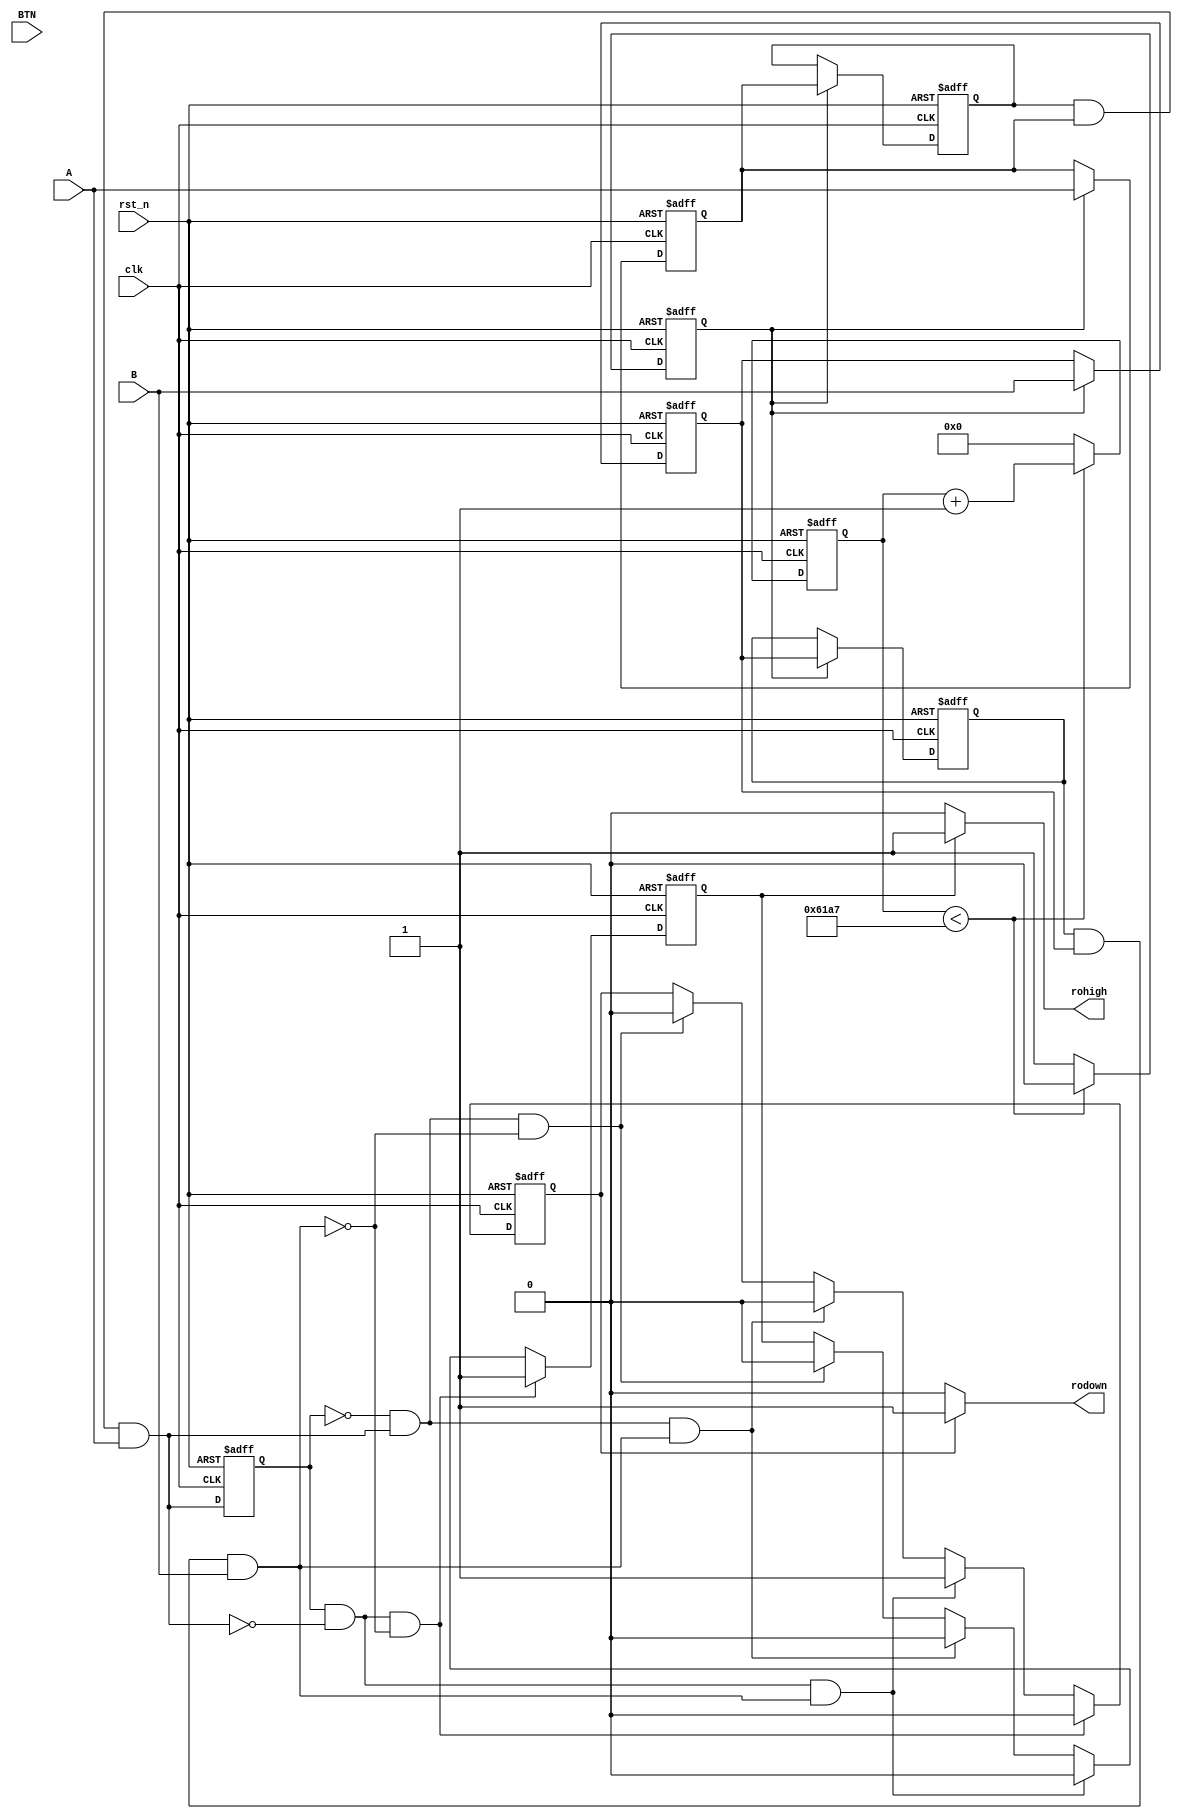
`timescale 1ns / 1ps
module rotation_sensor(
    input clk,
    input rst_n,
    input A,
    input B,
    input BTN,
    output rohigh,
    output rodown
    );
    reg clk_10ms;
    reg [31:0]count;
    reg A_reg,A_reg0;
    reg B_reg,B_reg0;
    reg BTN_reg,BTN_reg0;
    wire A_Debounce;
    wire B_Debounce;
    wire BTN_Debounce;
    reg A_Debounce_reg;
    reg B_Debounce_reg;
    wire A_pos,A_neg;
    wire B_pos,B_neg;
    reg rotary_right;
    reg rotary_left;
    reg rotary_right_reg,rotary_left_reg;
    wire rotary_right_pos,rotary_left_pos;
    wire rotary_event;
    reg [2:0]shift_d;
    always@(posedge clk,negedge rst_n)begin
        if(!rst_n)begin
            count <= 0;
            clk_10ms <= 1'b0;
        end
        else begin
        if(count < 32'd24_999)begin//10ms25MCLK
            count <= count + 1'b1;
            clk_10ms <= 1'b0;
        end
        else begin
            count <= 0;
            clk_10ms <= 1'b1;
            end
        end
    end

    always@(posedge clk,negedge rst_n)begin
        if(!rst_n)begin
            A_reg <= 1'b1;
            A_reg0 <= 1'b1;
            B_reg <= 1'b1;
            B_reg0 <= 1'b1;
            BTN_reg <= 1'b0;
            BTN_reg0 <= 1'b0;
        end
        else begin
        if(clk_10ms)begin
            A_reg <= A;
            A_reg0 <= A_reg;
            B_reg <= B;
            B_reg0 <= B_reg;
            BTN_reg <= BTN;
            BTN_reg0 <= BTN_reg;
            end
        end
    end
    assign A_Debounce = A_reg0 && A_reg && A;
    assign B_Debounce = B_reg0 && B_reg && B;
    assign BTN_Debounce = BTN_reg0 && BTN_reg && BTN;//
    always@(posedge clk,negedge rst_n)begin
        if(!rst_n)begin
            A_Debounce_reg <= 1'b1;
            //	B_Debounce_reg <= 1'b1;
        end
        else begin
            A_Debounce_reg <= A_Debounce;
            //	B_Debounce_reg <= B_Debounce;
        end
    end
    assign A_pos = !A_Debounce_reg && A_Debounce;
    //	assign B_pos = !B_Debounce_reg && B_Debounce;
    assign A_neg = A_Debounce_reg && !A_Debounce;
    //	assign B_neg = B_Debounce_reg && !B_Debounce;
    always@(posedge clk,negedge rst_n)begin
        if(!rst_n)begin
            rotary_right <= 1'b1;
            rotary_left <= 1'b1;
        end
        else begin
            if(A_pos && !B_Debounce)begin//AB
            rotary_right <= 1'b0;rotary_left <= 1'b0;
            //rotary_right <= 1'b1;rotary_left <= 1'b0;
            end
            if(A_pos && B_Debounce)begin//AB
            // rotary_left <= 1'b1;rotary_right <= 1'b0;
            rotary_left <= 1'b0;rotary_right <= 1'b0;
            end
            if(A_neg && B_Debounce)begin//AB
            //rotary_right <= 1'b0;rotary_left <= 1'b0;
            rotary_right <= 1'b1;rotary_left <= 1'b0;
            end
            if(A_neg && !B_Debounce)begin//AB
            // rotary_left <= 1'b0;rotary_right <= 1'b0;
            rotary_left <= 1'b1;rotary_right <= 1'b0;
            end
        end
    end
    assign rohigh=(rotary_left==1?1:0);
    assign rodown=(rotary_right==1?1:0);
endmodule